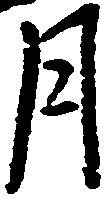
月